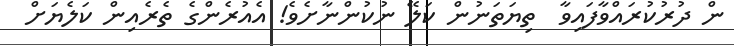
ން ދުރުކުރައްވާފައިވާ  ތިޔަތަނުން ކަލޭ ނުކުންނާށެވެ! އެއުރެންގެ ތެރެއިން ކަލެޔަށް